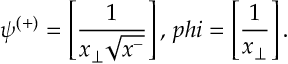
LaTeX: \psi ^ { ( + ) } = \left[ \frac { 1 } { x _ { \perp } \sqrt { x ^ { - } } } \right] , \, p h i = \left[ \frac { 1 } { x _ { \perp } } \right] .